Vital statistics of India. Vol. VI, European troops 1870-79
Year: 1870
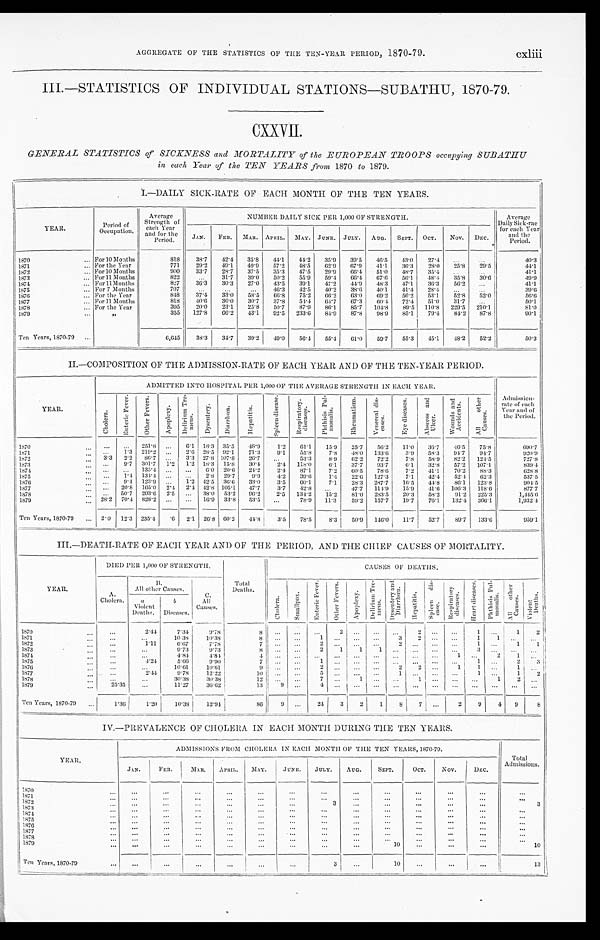
AGGREGATE OF THE STATISTICS OF THE TEN-YEAR PERIOD, 1870-79.
cxliii
III.—STATISTICS OF INDIVIDUAL STATIONS—SUBATHU, 1870-79.
CXXVII.
GENERAL STATISTICS of SICKNESS and MORTALITY of the EUROPEAN TROOPS occupying SUBATHU
in each Year of the TEN YEARS from 1870 to 1879.
I.—DAILY SICK-RATE OF EACH MONTH OF THE TEN YEARS.
YEAR
Period of
Occupation.
Average
Strength of
each Year
and for the
Period.
NUMBER DAI LY SI CK PER 1, 000 OF STRENGTH.
Average
Daily Sick -rae
for each Year
and the
Period.
JAN. FEB. MAR. APRIL. MAY. JUNE.
J U L Y . AUG. SEPT. OCT. NOV. DEC.
1870
For 10 Months
818 38. 7 42.4 35. 8 44.1 44.2 35.9 39. 5 46. 5 43. 0 27. 4
4 0 . 3
1871
For the Year
771 29. 2 49.1 49. 9 57.2 48. 5 62.9 67. 9 41.1 36. 3 28. 0 25.8 29.5
4 4 . 1
1872
For 10 Months
900 33.7 28.7 37.5 35.3 47.5 29.9 66. 4 51.0 48. 7 35. 4
41.1
1873
For 11 Months
822
31.7 39. 0 50.2 55. 9 59.4 66. 4 67. 6 56. 1 48. 4 35.8 30.6
4 9 . 9
1874
For 11 Months
827 36. 3 30.3 27. 0 43.5 39. 1 47.2 44. 9 48.3 47.1 36. 3 56.2
41.1
1 8 7 5
For 7 Months
707
46.3 42. 5
4 0 . 2 38.6
4 0 . 1
4 1 . 4 28. 4
3 9 . 6
1876
For the Year
848 37. 4 33.0 58. 5 66.8 75. 2 66.2 63. 0 69.2 56. 2 53.1 52.8 52.0
5 6 . 6
1877
For 11 Months
818 40. 6 36.0 30. 7 37.8 54.4 64.7 67. 3 60.4 72.4 51. 0 31.7
50.1
1878
For the Year
395 20. 0 23.1 25.8 50.7 87. 9 86.1 85.7 104. 8 89. 5 110. 8 229.5 210.1
81.0
1879
"
355 127. 8 66.2 43. 1 92.5 233. 6 84.9 87. 8 98.9 85. 1 79. 4 84.2 87.8
90.1
Ten Years, 1870-79
6, 645 38. 3 34.7 39. 2 49.0 56.4 55.4 61.0 59. 7 55. 3 45. 1 48.2 52.2
5 0 . 3
II.—COMPOSITION OF THE ADMISSION-RATE OF EACH YEAR AND OF THE TEN-YEAR PERIOD.
Y E A R
ADMITTED INTO HOSPITAL PER 1,000 OF THE AVERAGE STRENGTH IN EACH YEAR.
Admission-
rate of each
Year and of
the Period.
C h o l e r a . E n t e r i c F e v e r .
O t h e r F e v e r s . A p o p l e x y . D e l i r i u m T r e -
me n s . D y s e n t e r y . D i a r r h œ a .
H e p a t i t i s .
S p l e e n d i s e a s e . R e s p i r a t o r y
d i s e a s e s .
P h t h i s i s P u l -
m o n a l i s .
R h e u m a t i s m . V e n e r e a l d i s -
e a s e s .
E y e d i s e a s e s . A b s c e s s a n d
U l c e r .
W o u n d s a n d
A c c i d e n t s .
A l l o t h e r
C a u s e s .
1870
251.8
6.1 18.3 35.5 48.9 1.2 61.1 15.9 25.7 56.2 11.0 36.7 46.5 75.8
690. 7
1 8 7 1
1.3 219.2
2.6 28.5 92. 1 71.3 9.1 55.8 7.8 48.0 133.6 3.9 58.3 94.7 94.7
920. 9
1 8 7 2
3.3 2.2 86.7
3.3 27.8 107. 8 26.7
53.3 8.9 62.2 72.2 7.8 58.9 82.2 124.5
727.8
1873
9.7 301.7 1.2 1.2 18.3 15. 8 30.4 2.4 118.0
6 . 1 37.7
9 3 . 7 6.1 32.8 57.2 107.1
839. 4
1874
135.4
6.0 20. 6 24.2 2.4 87. 1 7.2 60.5 78.6 7.2 41.1 70.2 88.3
628. 8
1875
1.4 134.4
2.8 29. 7 9. 9
4 . 2 39. 6 1.4 22.6 127.3 7.1 42.4 52.4 62.3
537.5
187187187776
9.4 123.9
1.2 42.5 36. 6 33.0 3.5 60.1 7.1 28.3 287.7 16.5 44.8 86.1 123.8
904. 5
1 8 7 7 1 8 7 7 7 1 8 7 7 1 8 7 7
20.8 165.0 2.4 2.4 42.8 105. 1
4 7 . 7 3.7 42.8
47.7 114.9 15.9 41.6 106.3 118.6
877. 7
1 8 7 8
50.7 293.6 2. 5
38.0 53. 2 96.2 2.5 134.2 15.2 81.0 283.5 20.3 58.2 91.2 225.3
1, 445. 6
1879
28. 2 70.4 828.2
16.9 33. 8 53.5
78.9 11.3 59.2 157.7 19.7 76.1 132.4 366.1
1, 932. 4
Ten Years, 1870-79
2.0 12.3 235.4 .6 2.1 26.8 60. 2
44. 8 3.5 78.5
8 . 3
50.9 146.0 11.7 52.7 89.7 133.6
959. 1
III.—DEATH-RATE OF EACH YEAR AND OF THE PERIOD, AND THE CHIEF CAUSES OF MORTALITY.
YEAR.
DIED PER 1,000 OF STRENGTH.
Total
Deaths.
CAUSES OF DEATHS.
A.
Cholera.
B.
All otherCauses.
C. A l l
Causes.
C h o l e r a .
S m a l l p o x .
E n t e r i c F e v e r .
O t h e r F e v e r s .
A p o p l e x y .
D e l i r i u m T r e -
me n s . D y s e n t e r y a n d D i a r r h œ a .
H e p a t i t i s .
S p l e e n d i s e a s e . R e s p i r a t o r y
d i s c e a s e s .
H e a r t d i s e a s e s .
P h t h i s i s P u l -
m o n a l i s .
A l l o t h e r
C a u s e s .
V i o l e n t
D e a t h s .
a
Violent
Deaths.
b
Diseases.
1870
2.44
7 . 3 4 9.78
8
2
2
1
1 2
1871
10 38 10.38
8
1
3 2
1 1
1872
1 . 1 1
6 . 6 7 7.78
7
2
2
1
1 1
1873
9 . 7 3
9 . 7 3
8
2 1 1 1
3
1874
4.84
4 . 8 4
4
1
2 1
1875
4.24 5.66
9 . 9 0
7
1
1
2 3
1 8 7 6
10.61 10.61
9
2
2 2
1 1
1
1877
2.44
9 . 7 8 12.22
1 0
5
1
1
1 2
1878
3 0 . 3 8
3 0 . 3 8
1 2
7 1
1
1
2
1879
25. 35
11.27 36.62
13 9
4
Ten Years, 1870-79 1.36
1.20
1 0 . 3 8 12.94
8 6
9
24 3 2 1
8 7
2 9 4 9 8
IV.—PREVALENCE OF CHOLERA IN EACH MONTH DURING THE TEN YEARS.
Y E A R .
ADMISSIONS FROM CHOLERA IN EACH :MONTH OF THE TEN YEARS, 1870-79.
Total
Admissions.
JAN. FEB. MAR. APRIL. MAY. JUNE. JULY. AUG. SEPT. OCT. NOV.
DEC.
1870
1871
1 8 7 2
3
3
1873
1874 1875 1876 1877 1878
1 8 7 9
1 0
Ten Years, 1870-79
3
1 0